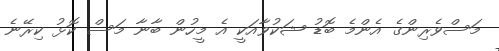
މަސްވެރިންގެ އެންމެ ބޮޑު ޝަކުވާއަކީ އެ މީހުން ބާނާ މަސް ކޮޅު ކިރޭނެ